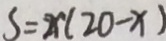
S = x ( 2 0 - x )